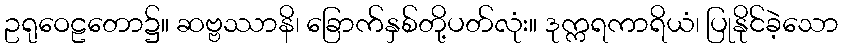
ဥရုဝေဠတော၌။ ဆဗ္ဗဿာနိ၊ ခြောက်နှစ်တို့ပတ်လုံး။ ဒုက္ကရကာရိယံ၊ ပြုနိုင်ခဲ့သော